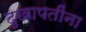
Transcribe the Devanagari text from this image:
दुखापतींना